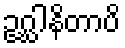
ဥဂ္ဃါနိတာပိ